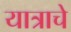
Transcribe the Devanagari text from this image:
यात्राचे